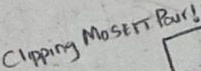
Text: Clipping MOSFET Pair!